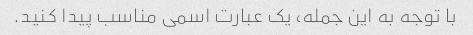
با توجه به این جمله، یک عبارت اسمی مناسب پیدا کنید.